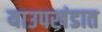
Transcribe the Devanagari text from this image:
याउपखंडात